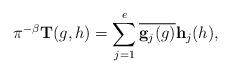
LaTeX: \begin{align*}\pi^{-\beta}\mathbf{T}(g,h)=\sum_{j=1}^e\overline{\mathbf{g}_j(g)}\mathbf{h}_j(h),\end{align*}